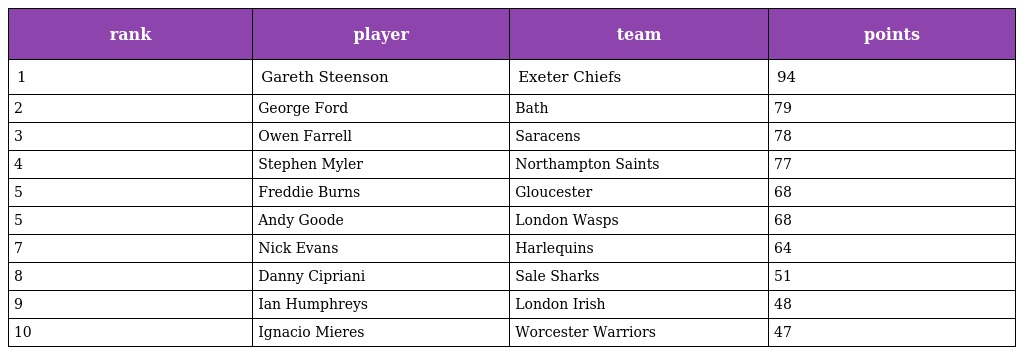
| rank | player | team | points |
 | --- | --- | --- | --- |
 | 1 | Gareth Steenson | Exeter Chiefs | 94 |
 | 2 | George Ford | Bath | 79 |
 | 3 | Owen Farrell | Saracens | 78 |
 | 4 | Stephen Myler | Northampton Saints | 77 |
 | 5 | Freddie Burns | Gloucester | 68 |
 | 5 | Andy Goode | London Wasps | 68 |
 | 7 | Nick Evans | Harlequins | 64 |
 | 8 | Danny Cipriani | Sale Sharks | 51 |
 | 9 | Ian Humphreys | London Irish | 48 |
 | 10 | Ignacio Mieres | Worcester Warriors | 47 |